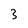
Character: 3